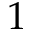
1